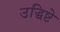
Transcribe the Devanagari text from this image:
उद्धिष्टे